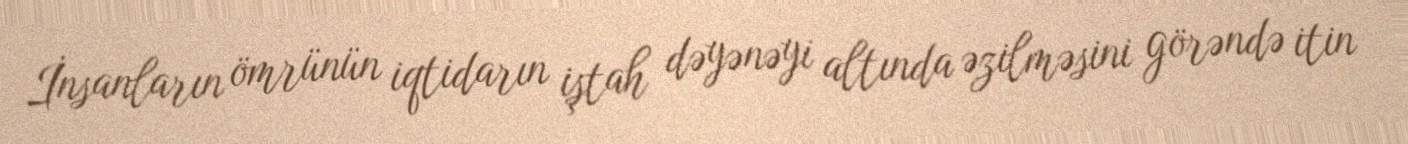
İnsanların ömrünün iqtidarın iştah dəyənəyi altında əzilməsini görəndə itin